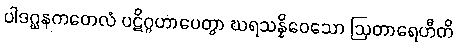
ပါဒဂ္ဃနကတေလံ ပဋိဂ္ဂဟာပေတွာ ဃရသန္နိဝေသော ဩတာရေဟီတိ